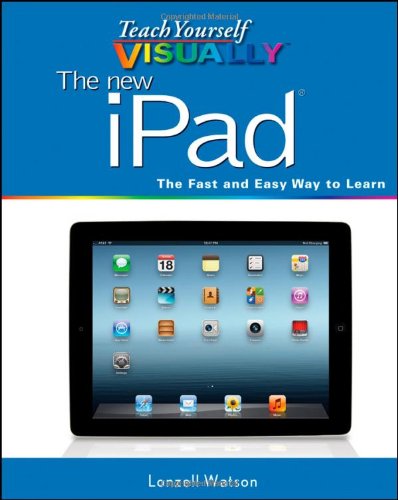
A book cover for Teach Yourself VISUALLY The new iPad; Lonzell Watson; Computers & Technology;